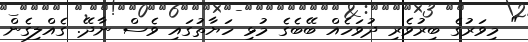
" މިވަރުގެ ބިރުވެރި ދުވަހެއް ބޭބެގެ މުޅި ހަޔާތުގައި ވެސް ނާދޭ. ގެއްލިގެން